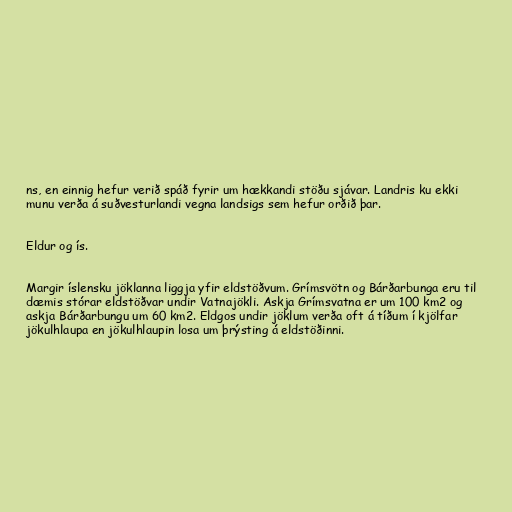
ns, en einnig hefur verið spáð fyrir um hækkandi stöðu sjávar. Landris ku ekki
munu verða á suðvesturlandi vegna landsigs sem hefur orðið þar.

Eldur og ís.

Margir íslensku jöklanna liggja yfir eldstöðvum. Grímsvötn og Bárðarbunga eru til
dæmis stórar eldstöðvar undir Vatnajökli. Askja Grímsvatna er um 100 km2 og
askja Bárðarbungu um 60 km2. Eldgos undir jöklum verða oft á tíðum í kjölfar
jökulhlaupa en jökulhlaupin losa um þrýsting á eldstöðinni.